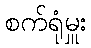
စက်ရုံမှူး